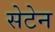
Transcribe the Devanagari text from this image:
सेटेन